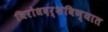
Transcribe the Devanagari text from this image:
विरोधदर्शविण्यात